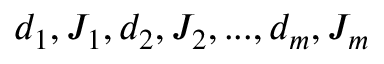
d _ { 1 } , J _ { 1 } , d _ { 2 } , J _ { 2 } , . . . , d _ { m } , J _ { m }